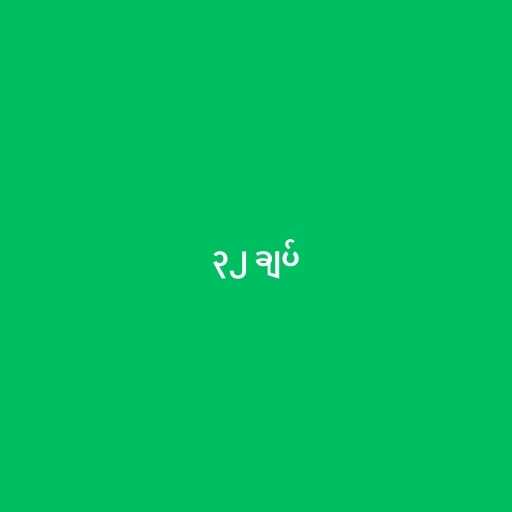
၃၂ ချပ်